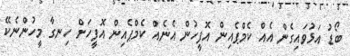
ބޯޑު އަޅުވައިގެން އެއް ކެމްޕެއިން އޮފީހުން އެނެއް ކެމްޕެއިން އޮފީހަށް ހިނގާ މީހުންނެކޭ